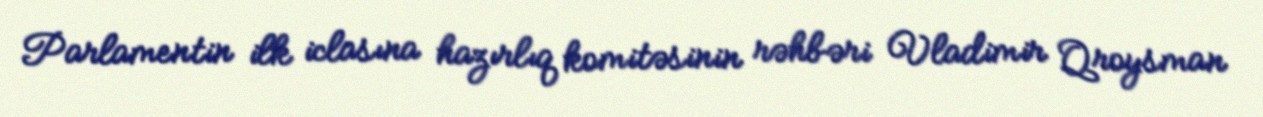
Parlamentin ilk iclasına hazırlıq komitəsinin rəhbəri Vladimir Qroysman